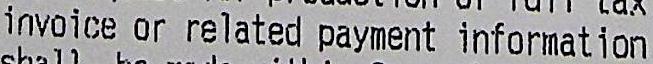
INVOICE OR RELATED PAYMENT INFORMATION